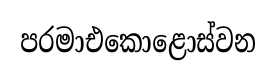
පරමාඑකොළොස්වන